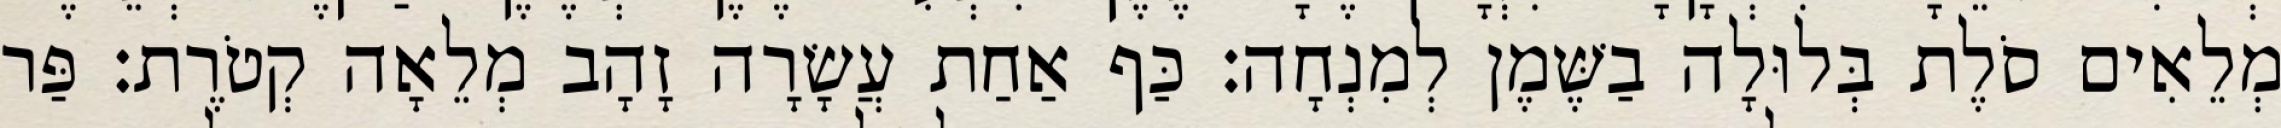
מְלֵאִים סֹלֶת בְּלוּלָה בַשֶּׁמֶן לְמִנְחָה׃ כַּף אַחַת עֲשָׂרָה זָהָב מְלֵאָה קְטֹרֶת׃ פַּר